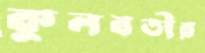
কুলবতীর